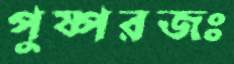
পুষ্পরজঃ